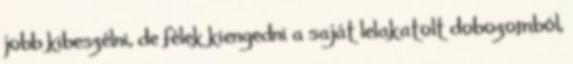
jobb kibeszélni, de félek kiengedni a saját lelakatolt dobozomból,